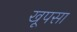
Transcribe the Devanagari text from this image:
खूपसा